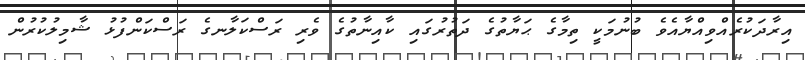
އިރާދަކުރެއްވިއްޔާއެވެ ބުނުމަކީ ތިމާގެ ޙަޔާތުގެ ދަތުރުގައި ކާއިނާތުގެ ވެރި ރަސްކަލާނގެ ރަސްކަންފުޅު ޝާމިލުކުރުން